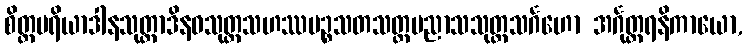
စိတ္တပရိယာဒါနသုတ္တာဒိနဝသုတ္တသဟဿပဉ္စသတသတ္တပညာသသုတ္တသင်္ဂဟော အင်္ဂုတ္တရနိကာယော,